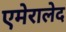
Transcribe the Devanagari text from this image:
एमेरालेद